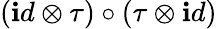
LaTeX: (\mathbf{i}d\otimes\tau)\circ(\tau\otimes\mathbf{i}d)